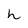
Character: h